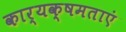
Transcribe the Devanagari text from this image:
कार्यक्षमताएं